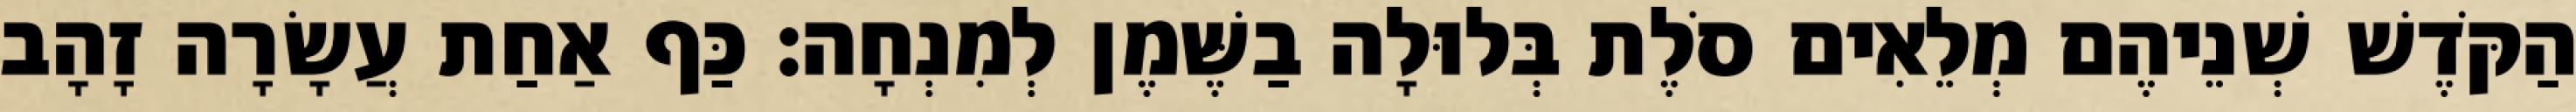
הַקֹּדֶשׁ שְׁנֵיהֶם מְלֵאִים סֹלֶת בְּלוּלָה בַשֶּׁמֶן לְמִנְחָה׃ כַּף אַחַת עֲשָׂרָה זָהָב